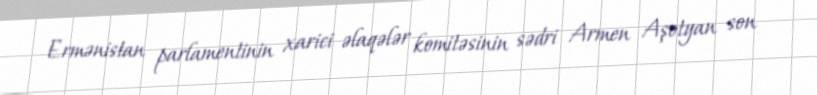
Ermənistan parlamentinin xarici əlaqələr komitəsinin sədri Armen Aşotyan son